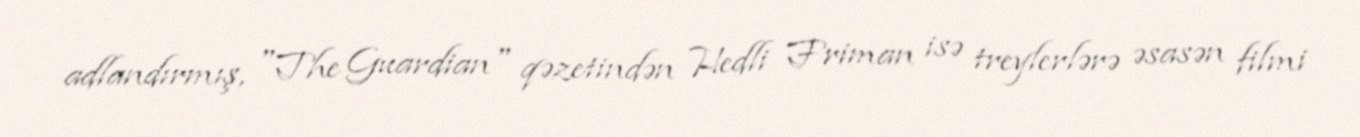
adlandırmış, "The Guardian" qəzetindən Hedli Friman isə treylerlərə əsasən filmi